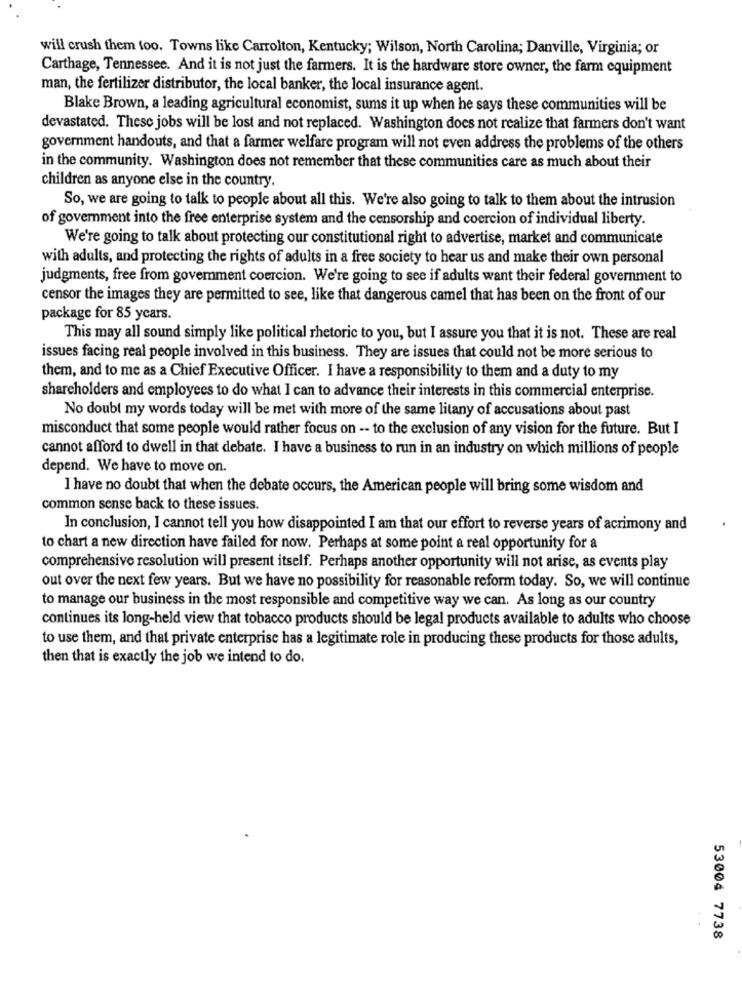
will crush them too. Towns like Carrolton, Kentucky; Wilson, North Carolina; Danville, Virginia; or
Carthage, Tennessee. And it is not just the farmers. It is the hardware store owner, the farm equipment
man, the fertilizer distributor, the local banker, the local insurance agent.
Blake Brown, a leading agricultural economist, sums it up when he says these communities will be
devastated. These jobs will be lost and not replaced. Washington does not realize that farmers don't want
government handouts, and that a farmer welfare program will not even address the problems of the others
in the community. Washington does not remember that these communities care as much about their
children as anyone else in the country.
So, we are going to talk to people about all this. We're also going to talk to them about the intrusion
of government into the free enterprise system and the censorship and coercion of individual liberty.
We're going to talk about protecting our constitutional right to advertise, market and communicate
with adults, and protecting the rights of adults in a free society to hear us and make their own personal
judgments, free from goverment coercion. We're going to see if adults want their federal government to
censor the images they are permitted to see, like that dangerous camel that has been on the front of our
package for 85 years.
This may all sound simply like political rhetoric to you, but I assure you that it is not. These are real
issues facing real people involved in this business. They are issues that could not be more serious to
them, and to me as a Chief Executive Officer. I have a responsibility to them and a duty to my
shareholders and employees to do what I can to advance their interests in this commercial enterprise.
No doubt my words today will be met with more of the same litany of accusations about past
misconduct that some people would rather focus on -- to the exclusion of any vision for the future. But I
cannot afford to dwell in that debate. I have a business to run in an industry on which millions of people
depend. We have to move on.
I have no doubt that when the debate occurs, the American people will bring some wisdom and
common sense back to these issues.
In conclusion, I cannot tell you how disappointed I am that our effort to reverse years of acrimony and
to chart a new direction have failed for now. Perhaps at some point a real opportunity for a
comprehensive resolution will present itself. Perhaps another opportunity will not arise, as events play
out over the next few years. But we have no possibility for reasonable reform today. So, we will continue
to manage our business in the most responsible and competitive way we can. As long as our country
continues its long-held view that tobacco products should be legal products available to adults who choose
to use them, and that private enterprise has a legitimate role in producing these products for those adults,
then that is exactly the job we intend to do.
53004 7738